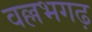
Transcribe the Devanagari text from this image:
वल्लभगढ़